Vaccination in the Punjab 1897-1904 - 1897-1904
Year: 1897
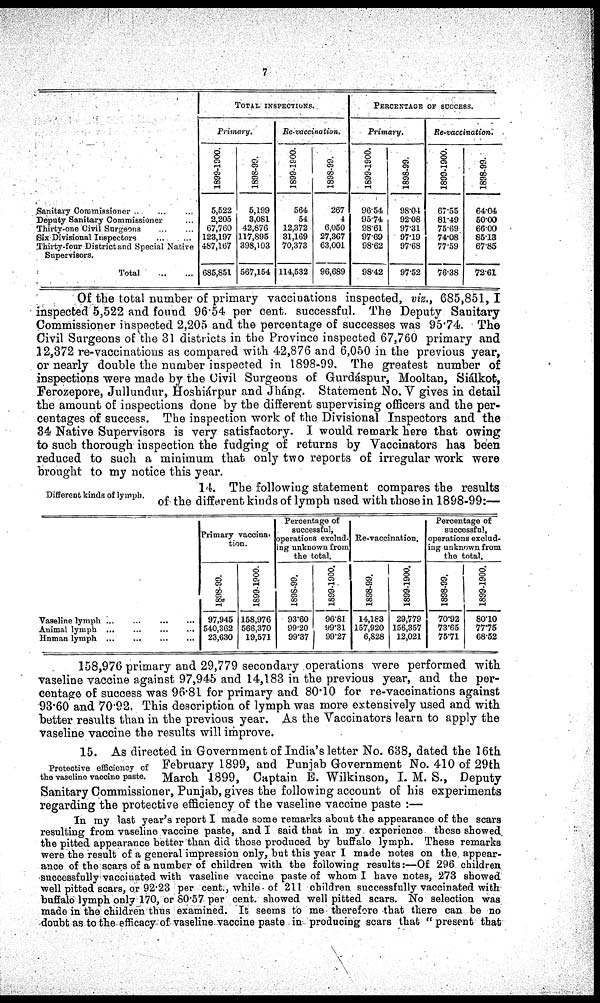
7
Sanitary Commissioner ... ... ...
Deputy Sanitary Commissioner ... ...
Thirty-one Civil Surgeons ... ... ...
Six Divisional Inspectors ... ... ...
Thirty-four District and Special Native
Supervisors. ... ... ...
Total
...
TOTAL INSPECTIONS.
Primary.
1899-1900.
5,522
2,205
67,760
123,197
487,167
685,851
1898-99.
5,199
3,081
42,876
117,895
398,103
567,154
Re-vaccination.
1899-1900.
564
54
12,372
31,169
70,373
114,532
1898-99.
267
4
6,050
27,367
63,001
96,689
PERCENTAGE OF SUCCESS.
Primary.
1899-1900.
96.54
95.74
98.61
97.69
98.62
98.42
1898-99.
98.04
92.08
97.31
97.19
97.68
97.52
Re-vaccination.
1899-1900.
67.55
81.49
75.69
74.08
77.59
76.38
1898-99.
64.04
50.00
66.00
85.13
67.85
72.61
Of the total number of primary vaccinations inspected, viz., 685,851, I
inspected 5,522 and found 96.54 per cent. successful. The Deputy Sanitary
Commissioner inspected 2,205 and the percentage of successes was 95.74. The
Civil Surgeons of the 31 districts in the Province inspected 67,760 primary and
12,372 re-vaccinations as compared with 42,876 and 6,050 in the previous year,
or nearly double the number inspected in 1898-99. The greatest number of
inspections were made by the Civil Surgeons of Gurdáspur, Mooltan, Siálkot,
Ferozepore, Jullundur, Hoshiárpur and Jhang. Statement No. V gives in detail
the amount of inspections done by the different supervising officers and the per-
centages of success. The inspection work of the Divisional Inspectors and the
34 Native Supervisors is very satisfactory. I would remark here that owing
to such thorough inspection the fudging of returns by Vaccinators has been
reduced to such a minimum that only two reports of irregular work were
brought to my notice this year.
Different kinds of lymph.
14. The following statement compares the results
of the different kinds of lymph used with those in 1898-99:—
Vaseline lymph
...
...
...
...
Animal lymph ... ... ... ...
Human lymph
...
...
...
...
Primary vaccina-
tion.
1898-99.
97,945
540,362
23,630
1899-1900.
158,976
566,370
19,571
Percentage of
successful,
operations exclud-
ing unknown from
the total.
1898-99.
93.60
99.20
99.37
1899-1900.
96.81
99.31
99.27
Re-vaccination.
1898-99.
14,183
157,920
6,828
1899-1900.
29,779
156,357
12,021
Percentage of
successful,
operations exclud-
ing unknown from
the total.
1898-99.
70.92
73.65
75.71
1899-1900.
80.10
77.75
68.52
158,976 primary and 29,779 secondary operations were performed with
vaseline vaccine against 97,945 and 14,183 in the previous year, and the per-
centage of success was 96.81 for primary and 80.10 for re-vaccinations against
93.60 and 70.92. This description of lymph was more extensively used and with
better results than in the previous year. As the Vaccinators learn to apply the
vaseline vaccine the results will improve.
Protective efficiency of
the vaseline vaccine paste.
15. As directed in Government of India's letter No. 638, dated the 16th
February 1899, and Punjab Government No. 410 of 29th
March 1899, Captain E. Wilkinson, I. M. S., Deputy
Sanitary Commissioner, Punjab, gives the following account of his experiments
regarding the protective efficiency of the vaseline vaccine paste :—
In my last year's report I made some remarks about the appearance of the scars
resulting from vaseline vaccine paste, and I said that in my experience these showed
the pitted appearance better than did those produced by buffalo lymph. These remarks
were the result of a general impression only, but this year I made notes on the appear-
ance of the scars of a number of children with the following results:—Of 296 children
successfully vaccinated with vaseline vaccine paste of whom I have notes, 273 showed
well pitted scars, or 92.23 per cent., while of 211 children successfully vaccinated with
buffalo lymph only 170, or 80.57 per cent. showed well pitted scars. No selection was
made in the children thus examined. It seems to me therefore that there can be no
doubt as to the efficacy- of vaseline vaccine paste in producing scars that “present that